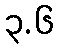
၃.၆